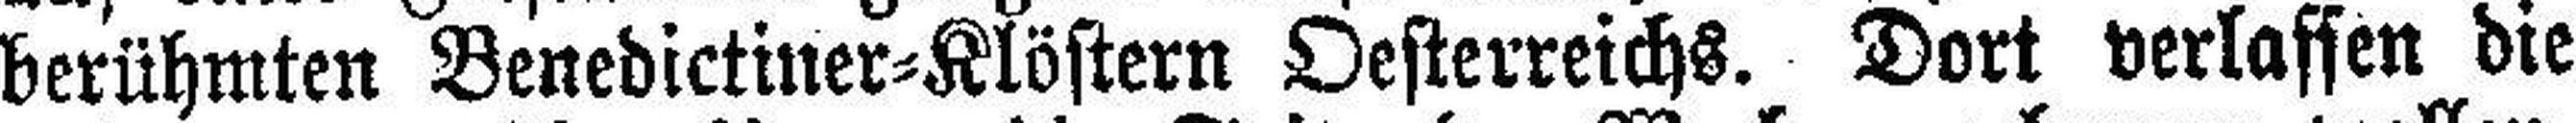
berühmten Benedictiner=Klöstern Oesterreichs. Dort verlassen die